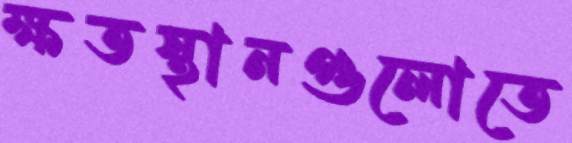
ক্ষতস্থানগুলোতে